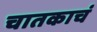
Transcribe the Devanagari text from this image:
चातकाचं